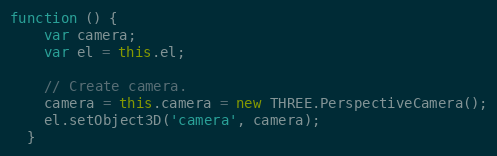
Language: JavaScript
function () {
    var camera;
    var el = this.el;

    // Create camera.
    camera = this.camera = new THREE.PerspectiveCamera();
    el.setObject3D('camera', camera);
  }